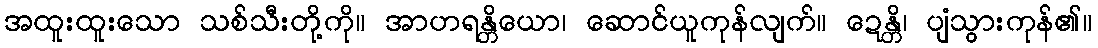
အထူးထူးသော သစ်သီးတို့ကို။ အာဟရန္တိယော၊ ဆောင်ယူကုန်လျက်။ ဍေန္တိ၊ ပျံသွားကုန်၏။